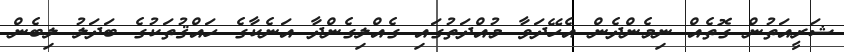
ޝަރީއަތުން ގޮތެއް ނިމެންދެން އެހޭދަވާ މުއްދަތުގައި ގެއްލިގެންދާ އަނެކާގެ ހައްޤުތަކުގެ ބަދަލު ލިބެން